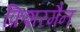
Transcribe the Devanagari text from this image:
फ़िशरमैन